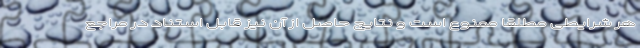
هر شرایطی مطلقاً ممنوع است و نتایج حاصل از آن نیز قابل استناد در مراجع